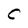
Character: C